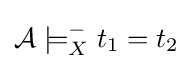
{\mathcal {A}}\models _{X}^{-}t_{1}=t_{2}